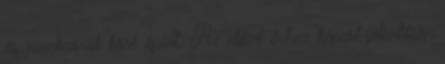
és munkaórák köré épült. Az előző évhez képest jelentősen